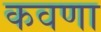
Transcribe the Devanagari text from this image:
कवणा